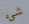
شيء